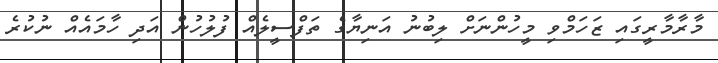
މާރާމާރީގައި ޒަހަމްވި މީހުންނަށް ލިބުނު އަނިޔާގެ ތަފްސީލެއް ފުލުހުން އަދި ހާމައެއް ނުކުރެ